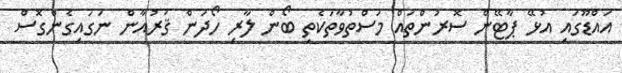
އައްޑޫގައި އުޅޭ ޕާޓޭން ސޮރުންތައް މަސްތުވާތަކެތި ބޯން ލާރި ހޯދަން ޤުރުއާން ނަގައިގެންގޮސް